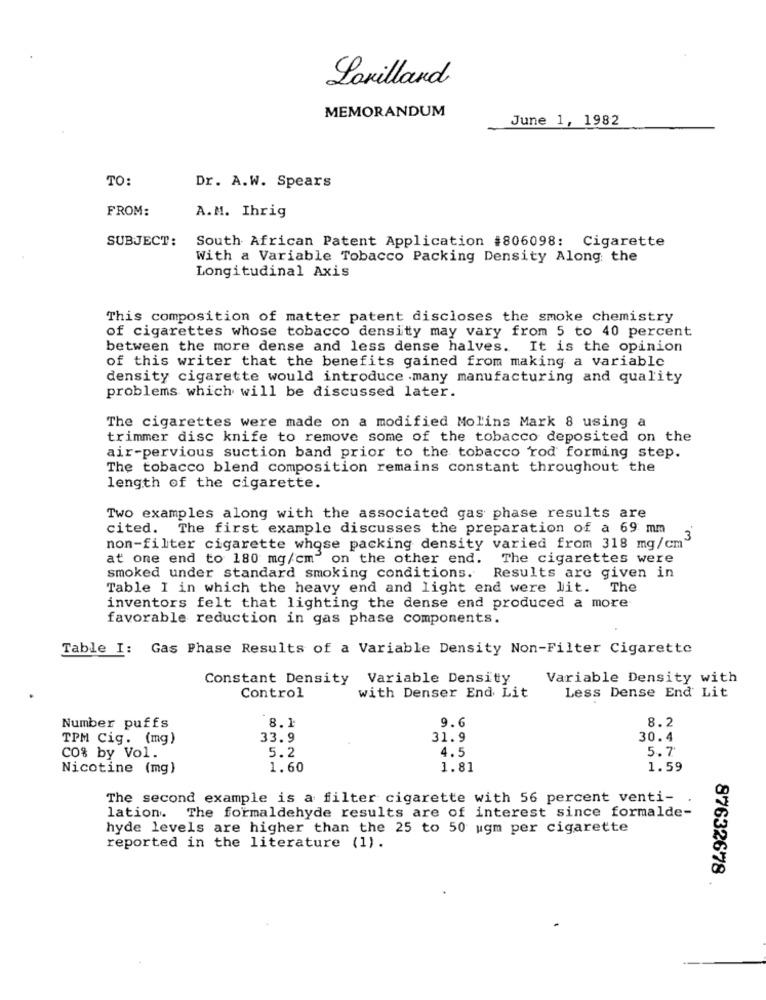
Laxillard
MEMORANDUM
June 1, 1982
TO:
Dr. A.W. Spears
FROM:
A.M. Ihrig
SUBJECT:
South African Patent Application #806098: Cigarette
With a Variable Tobacco Packing Density Along the
Longitudinal Axis
This composition of matter patent discloses the smoke chemistry
of cigarettes whose tobacco density may vary from 5 to 40 percent
between the more dense and less dense halves. It is the opinion
of this writer that the benefits gained from making a variable
density cigarette would introduce many manufacturing and quality
problems which will be discussed later.
The cigarettes were made on a modified Molins Mark 8 using a
trimmer disc knife to remove some of the tobacco deposited on the
air-pervious suction band prior to the tobacco rod forming step.
The tobacco blend composition remains constant throughout the
length of the cigarette.
Two examples along with the associated gas phase results are
cited. The first example discusses the preparation of a 69 mm
non-filter cigarette whose packing density varied from 318 mg/cm"
at one end to 180 mg/cm" on the other end.
The cigarettes were
smoked under standard smoking conditions.
Results are given in
Table I in which the heavy end and light end were lit. The
inventors felt that lighting the dense end produced a more
favorable reduction in gas phase components.
Table I: Gas Phase Results of a Variable Density Non-Filter Cigarette
Constant Density Variable Density
Variable Density with
Less Dense End Lit
Control
with Denser End Lit
8.2
Number puffs
8.1
9.6
TPM Cig. (mg)
33.9
31.9
30.4
5.2
4.5
5.7
CO% by Vol.
Nicotine (mg)
1.60
1.81
1.59
The second example is a filter cigarette with 56 percent venti-
lation. The formaldehyde results are of interest since formalde-
hyde levels are higher than the 25 to 50 ugm per cigarette
reported in the literature (1).
87632678